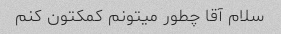
سلام آقا چطور میتونم کمکتون کنم